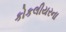
કોકલીયરના